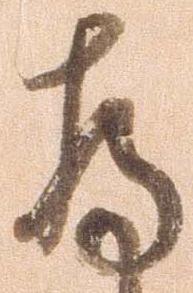
存